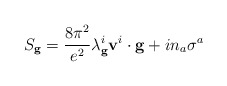
\begin{align*}S_{\bf g}=\frac{8\pi^{2}}{e^{2}}\lambda^i_{\bf g}{\bf v}^i\cdot{\bf g}+in_{a}\sigma^{a}\end{align*}